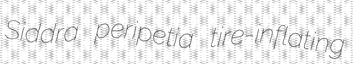
Siddra peripetia tire-inflating